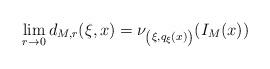
LaTeX: \begin{align*}\lim _{r \rightarrow 0} d _{M, r} ( \xi , x ) = \nu _{\left( \xi , q _\xi (x) \right)} ( I _M (x) )\end{align*}